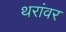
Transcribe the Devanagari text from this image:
थरांवर